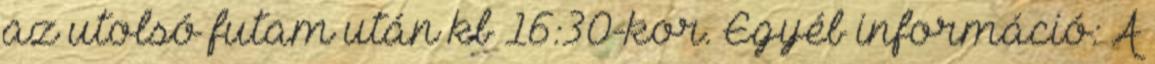
az utolsó futam után kb 16:30-kor. Egyéb információ: A